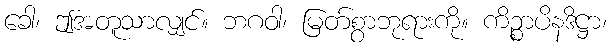
ခေါ၊ ဤအတူသာလျှင်။ ဘဂဝါ၊ မြတ်စွာဘုရားကို။ ကိဉ္စာပိနဒိဋ္ဌာ၊